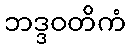
ဘဒ္ဒဝတိကံ